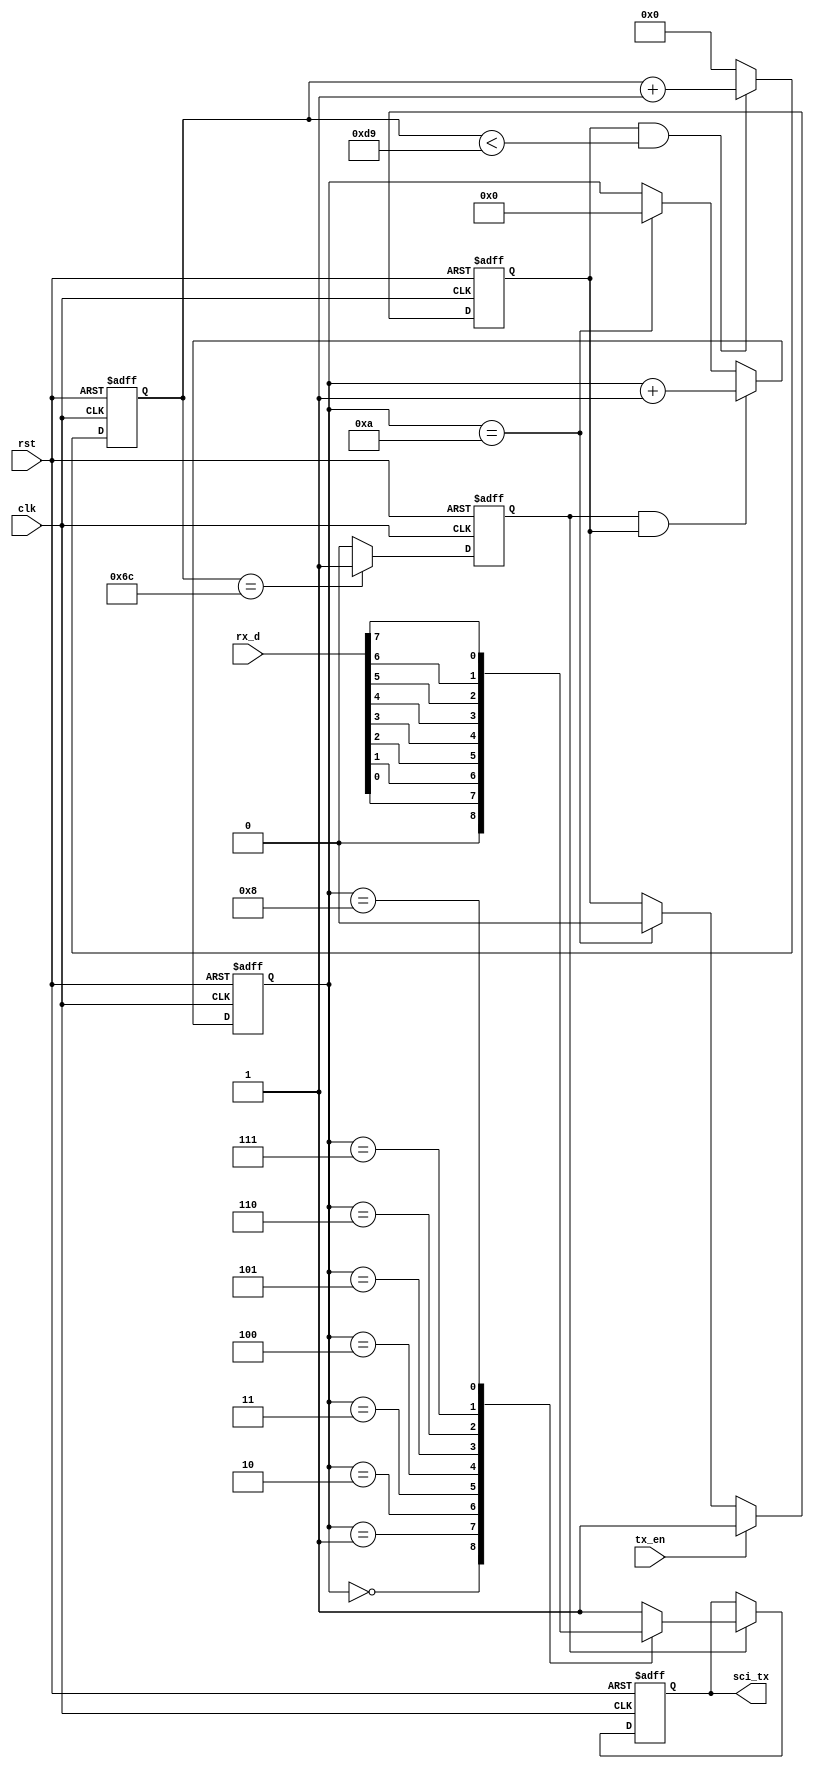
module uart_transmit2 (
    input clk,
    rst,
    tx_en,
    input [7:0] rx_d,
    output reg sci_tx
);

    reg tx_sel_data, flag;
    reg [3:0] tx_num;

    // 
    parameter CLK_FREQ = 25000000, BPS_CONS = 115200, BPS_DIV = CLK_FREQ/BPS_CONS, BPS_DIV_HALF = CLK_FREQ/BPS_CONS/2;

    // 
    always @(posedge clk or posedge rst)
        if (rst) flag <= 0;
        else if (tx_en) flag <= 1;
        else if (tx_num == 4'd10) flag <= 0;
        else;

    reg [12:0] cnt;

    // 
    always @(posedge clk or posedge rst)
        if (rst) cnt <= 13'd0;
        else if (flag && cnt < BPS_DIV) cnt <= cnt + 1'b1;
        else cnt <= 13'd0;

    // 
    always @(posedge clk or posedge rst)
        if (rst) tx_sel_data <= 1'b0;
        else if (cnt == BPS_DIV_HALF) tx_sel_data <= 1'b1;
        else tx_sel_data <= 1'b0;

    // 
    always @(posedge clk or posedge rst)
        if (rst) tx_num <= 4'd0;
        else if (tx_sel_data && flag) tx_num <= tx_num + 1'b1;
        else if (tx_num == 4'd10) tx_num <= 1'd0;
        else;

    // 
    always @(posedge clk or posedge rst)
        if (rst) sci_tx <= 1'b1;
        else if (tx_sel_data)
            case (tx_num)
                0: sci_tx <= 1'b0;
                1: sci_tx <= rx_d[0];
                2: sci_tx <= rx_d[1];
                3: sci_tx <= rx_d[2];
                4: sci_tx <= rx_d[3];
                5: sci_tx <= rx_d[4];
                6: sci_tx <= rx_d[5];
                7: sci_tx <= rx_d[6];
                8: sci_tx <= rx_d[7];
                9: sci_tx <= 1'b1;
                default: sci_tx <= 1'b1;
            endcase
endmodule